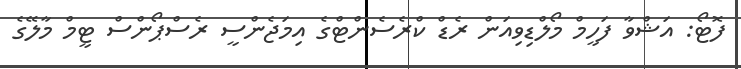
ފޮޓޯ: އަޝްވާ ފަހީމް މޯލްޑިވިއަން ރެޑް ކްރެސެންޓްގެ އިމަޖެންސީ ރެސްޕޯންސް ޓީމް މާލޭގެ